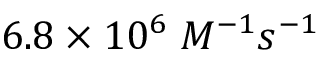
6 . 8 \times 1 0 ^ { 6 } \; M ^ { - 1 } s ^ { - 1 }